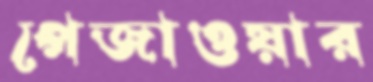
পেজাওয়ার